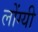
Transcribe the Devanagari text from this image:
लोंग्यी